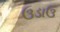
ઉડાઉ